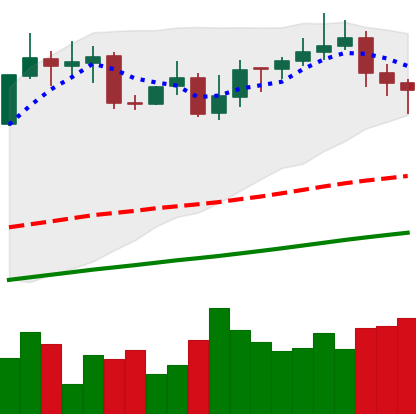
Ticker: XMR-USD
Chart end date: 2020-10-30
Forward return: -5.689%
Label: down_5_7